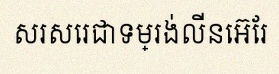
សរសេរជាទម្រង់លីនេអ៊ែរ